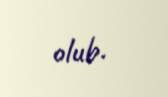
olub.